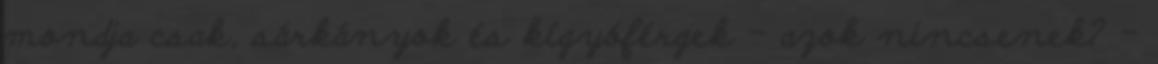
mondja csak, sárkányok és kígyóférgek – azok nincsenek? –